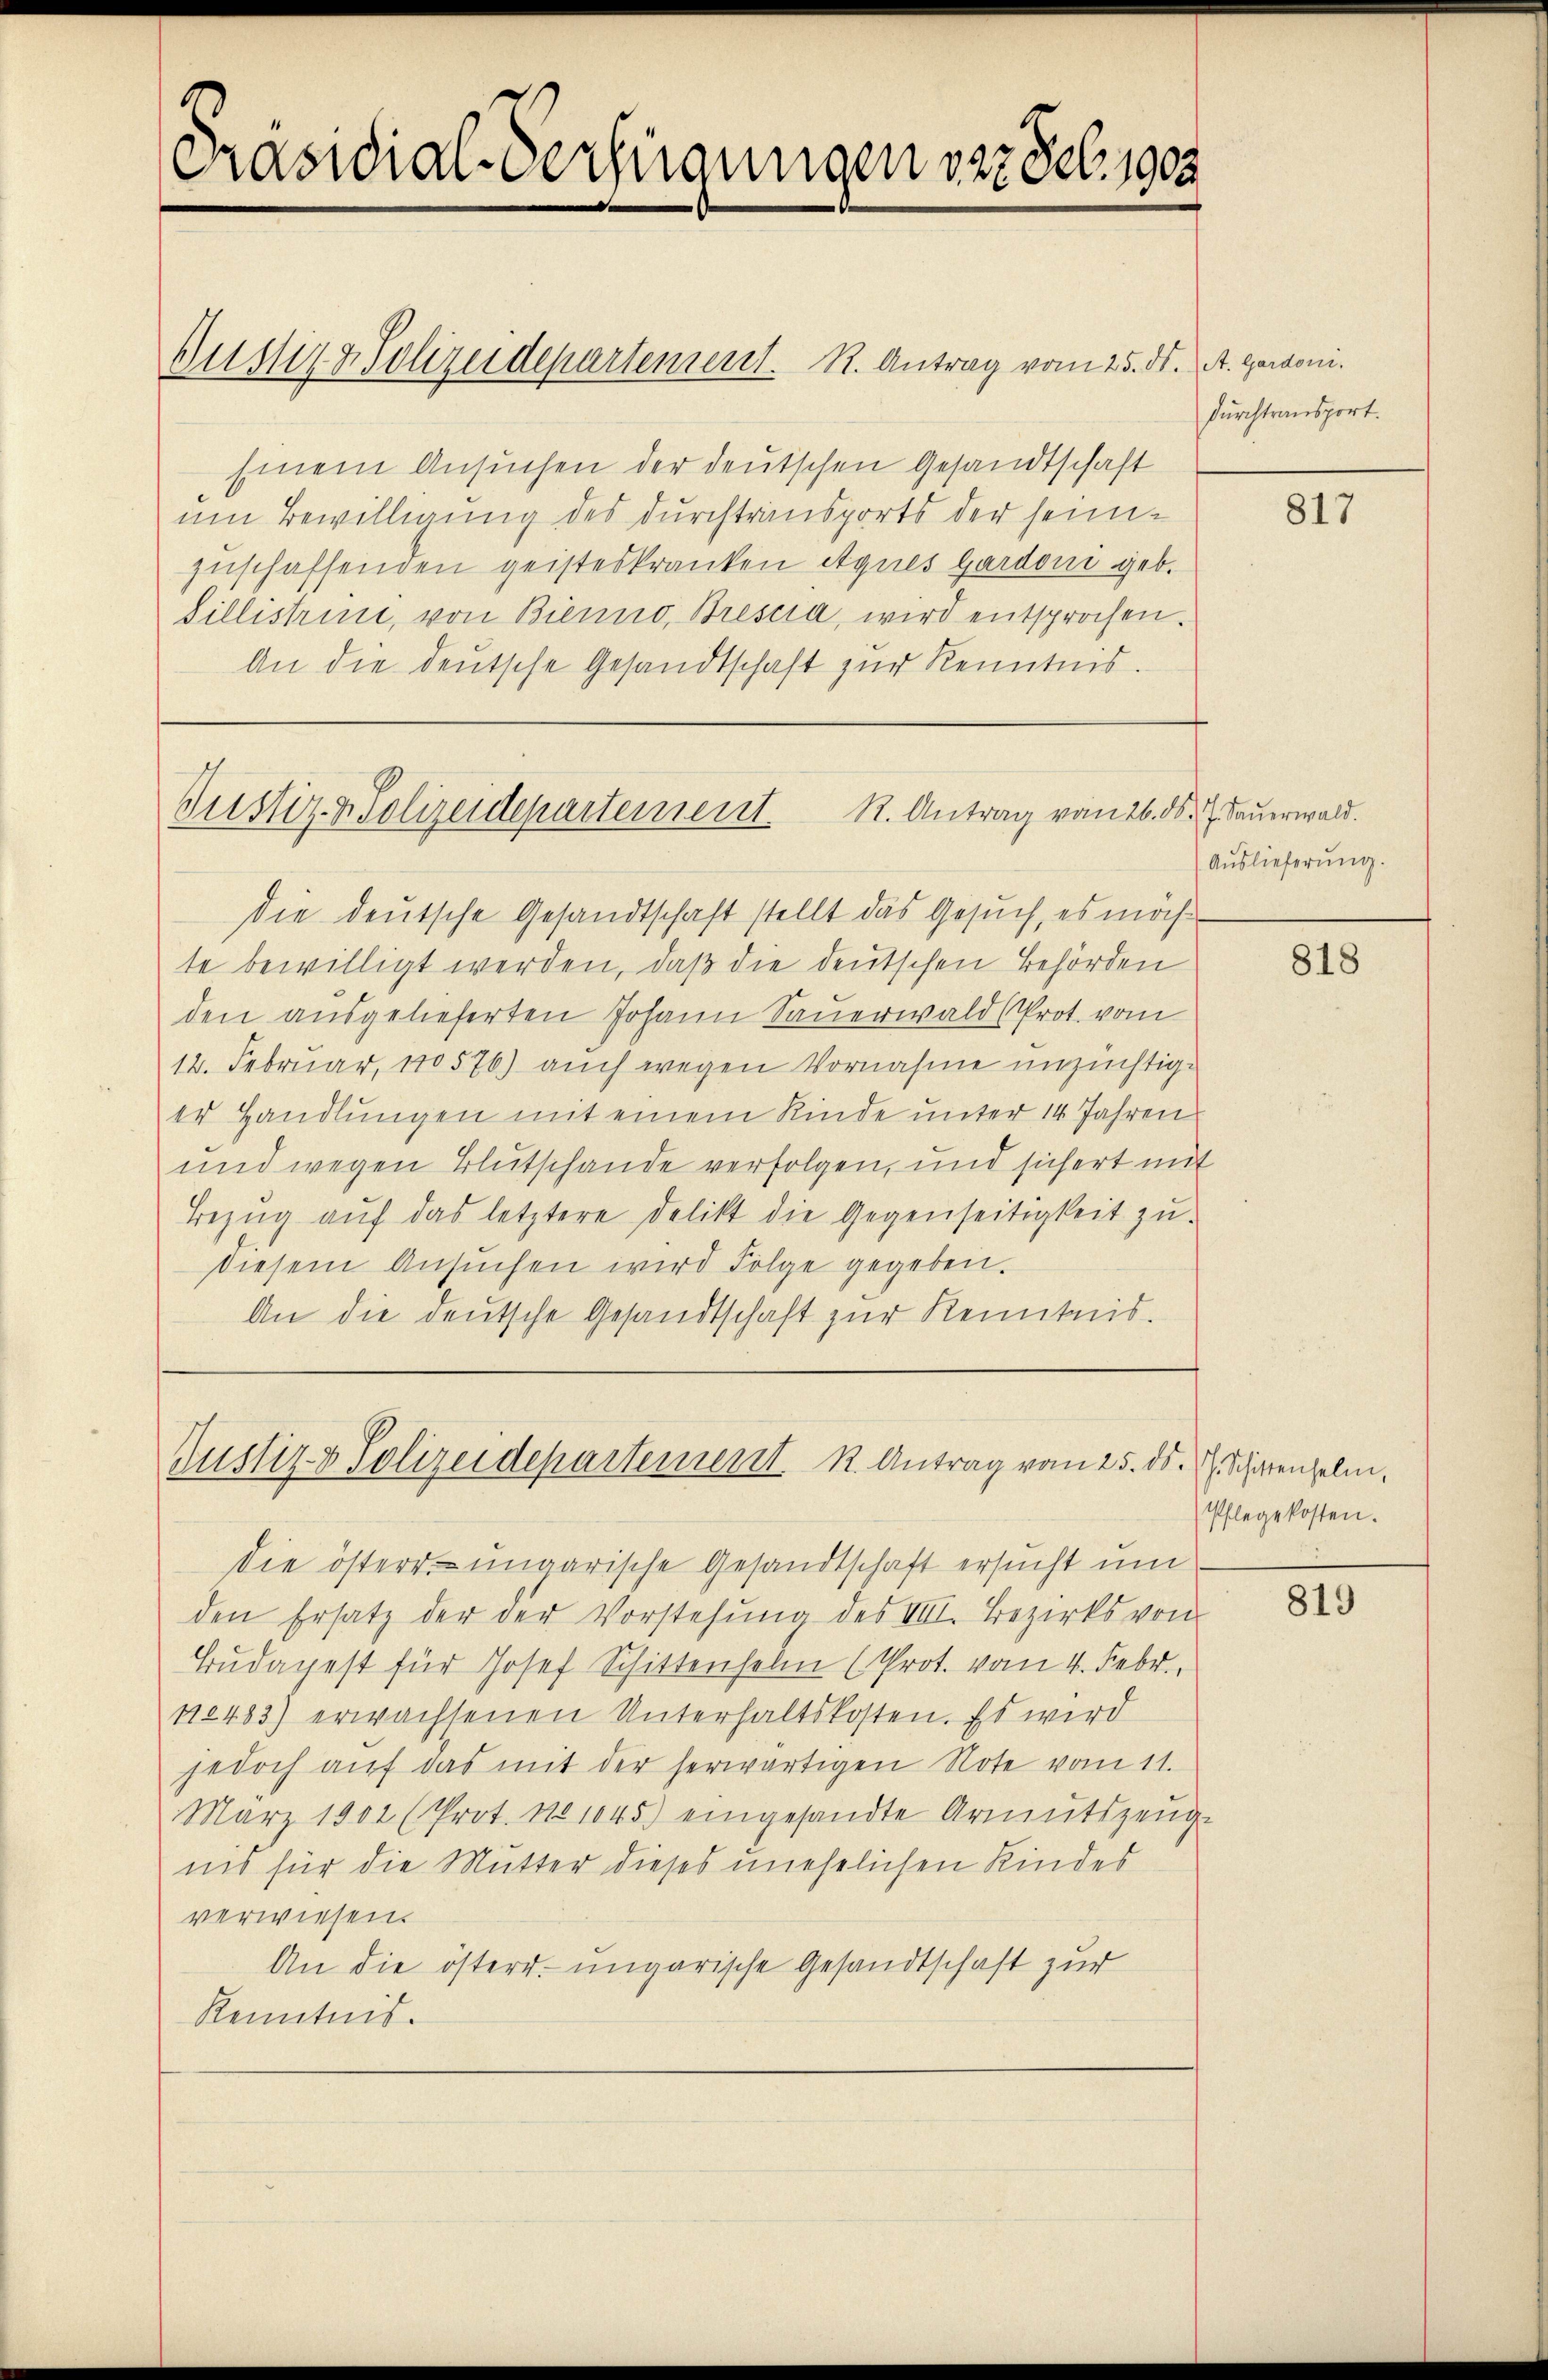
Präsidial-Verfügungen vor Seb. 1902

Justiz & Polizeidepartement. K. Antrag vom 25. ds. A. gardoni¬
Einem Ansuchen der deutschen Gesandtschaft
um Bewilligung des durchtransports der seinzuschaffenden geisteskranken Agnes Gardoni geb.
Villistrine, von Bienno, Bresia, wird entsprochen.
An die deutsche Gesandtschaft zŭr Kenntnis.
die deutsche Gesandtschaft stellt das Gesuch, es möch
te bewilligt werden, daß die deutschen Behörden
den ausgelieferten Johann Sauerwald (Prot. vom
12. Februar, 170576) auch wegen Vornahme unzüchtige
er Handlungen mit einem Kinde unter 14 Jahren
und wegen Blutschande verfolgen, und sichert mit
Bezŭg aŭf das letztere Delikt die Gegenseitigkeit zŭ-
diesem Ansŭchen wird Folge gegeben.
An die deutsche Gesandtschaft zur Kenntnis.

R. Antrag vom 26. d. J. Feuerwald.
Justiz & Polizeidepartement.

Justiz & Polizeidepartement. K. Antrag vom 25. ds.  Scharenselm.

Die österr. ungarische Gesandtschaft ersucht um
den Ersatz der der Vorstehung des VIII. Bezirks von
Budapest für Josef Schittenselm (Prot. vom 4. Febr.,
110483) erwachsenen Unterhaltskosten. Es wird
jedoch auf das mit der herwärtigen Note vom 11.
März 1902 (Prot. No 1045) eingesandte Armutszeuge
nis für die Mutter dieses unehelichen Kindes
verwiesen.
An die österr. ungarische Gesandtschaft zur
Kenntnis.

durchtransport.

817

Auslieferung.

818

Pflegekosten.

819